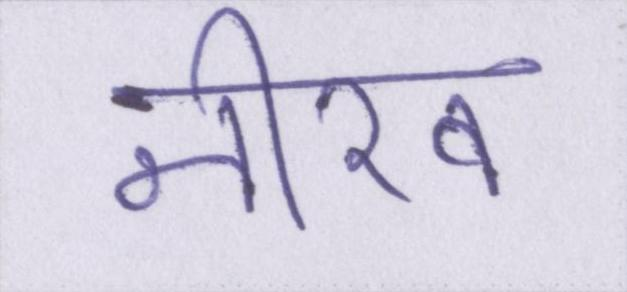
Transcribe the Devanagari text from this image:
नीरव